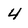
Character: 4